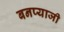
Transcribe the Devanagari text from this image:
बनप्याजी